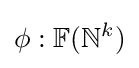
\phi :\mathbb {F} (\mathbb {N} ^{k})